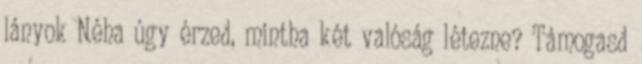
lányok Néha úgy érzed, mintha két valóság létezne? Támogasd